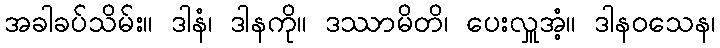
အခါခပ်သိမ်း။ ဒါနံ၊ ဒါနကို။ ဒဿာမိတိ၊ ပေးလှူအံ့။ ဒါနဝသေန၊